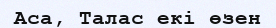
Аса, Талас екі өзен